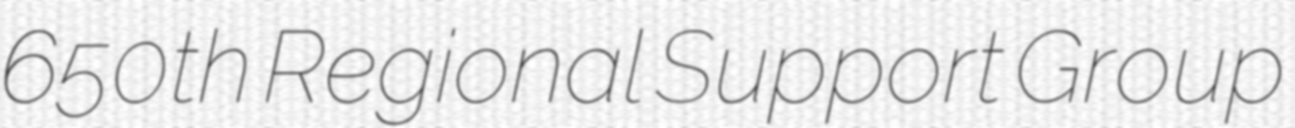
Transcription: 650th Regional Support Group